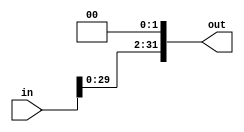
module shift_left_2(out,in);

input [31:0] in;
output [31:0] out;

assign out[0] = 0;
assign out[1] = 0;
assign out[2] = in[0];
assign out[3] = in[1];
assign out[4] = in[2];
assign out[5] = in[3];
assign out[6] = in[4];
assign out[7] = in[5];
assign out[8] = in[6];
assign out[9] = in[7];
assign out[10] = in[8];
assign out[11] = in[9];
assign out[12] = in[10];
assign out[13] = in[11];
assign out[14] = in[12];
assign out[15] = in[13];
assign out[16] = in[14];
assign out[17] = in[15];
assign out[18] = in[16];
assign out[19] = in[17];
assign out[20] = in[18];
assign out[21] = in[19];
assign out[22] = in[20];
assign out[23] = in[21];
assign out[24] = in[22];
assign out[25] = in[23];
assign out[26] = in[24];
assign out[27] = in[25];
assign out[28] = in[26];
assign out[29] = in[27];
assign out[30] = in[28];
assign out[31] = in[29];

endmodule